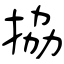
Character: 拹